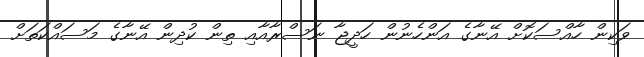
ވަކިން ހާއްސަކޮށް އޭނާގެ އަންހެނުން ހަދީޖާ ނަސްރާއާއި ތިން ކުދިން އޭނާގެ މަސައްކަތަށް